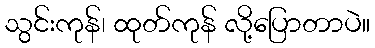
သွင်းကုန်၊ ထုတ်ကုန် လို့ပြောတာပဲ။